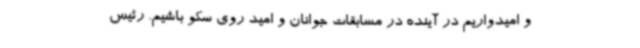
و امیدواریم در آینده در مسابقات جوانان و امید روی سکو باشیم. رئیس